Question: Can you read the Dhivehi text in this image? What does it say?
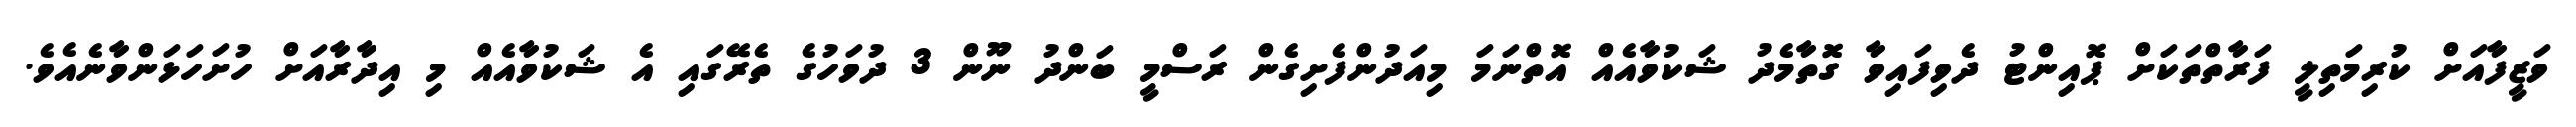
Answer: ވަޒީފާއަށް ކުރިމަތިލީ ފަރާތްތަކަށް ޕޮއިންޓު ދެވިފައިވާ ގޮތާމެދު ޝަކުވާއެއް އޮތްނަމަ މިއަދުންފެށިގެން ރަސްމީ ބަންދު ނޫން 3 ދުވަހުގެ ތެރޭގައި އެ ޝަކުވާއެއް މި އިދާރާއަށް ހުށަހަޅަންވާނެއެވެ.